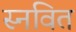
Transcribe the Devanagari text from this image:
स्नवित